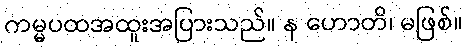
ကမ္မပထအထူးအပြားသည်။ န ဟောတိ၊ မဖြစ်။